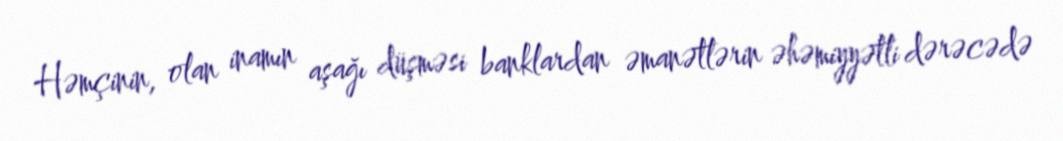
Həmçinin, olan inamın aşağı düşməsi banklardan əmanətlərin əhəmiyyətli dərəcədə